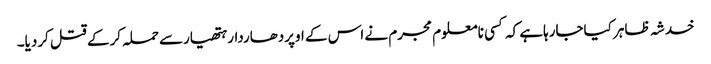
خدشہ ظاہر کیاجارہاہے کہ کسی نامعلوم مجرم نے اس کے اوپردھاردارہتھیارسے حملہ کرکے قتل کردیا۔